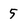
Character: 5